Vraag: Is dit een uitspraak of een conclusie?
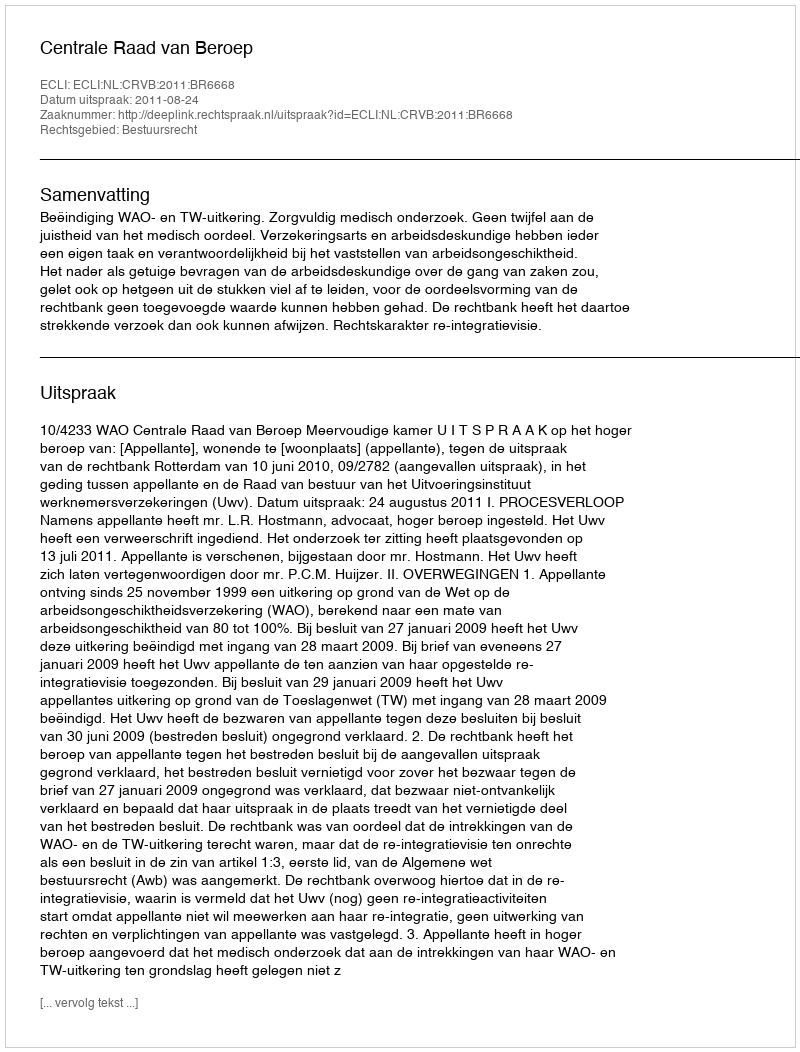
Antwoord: Uitspraak